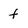
Character: f